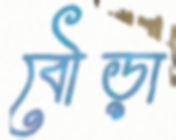
বৌড়া